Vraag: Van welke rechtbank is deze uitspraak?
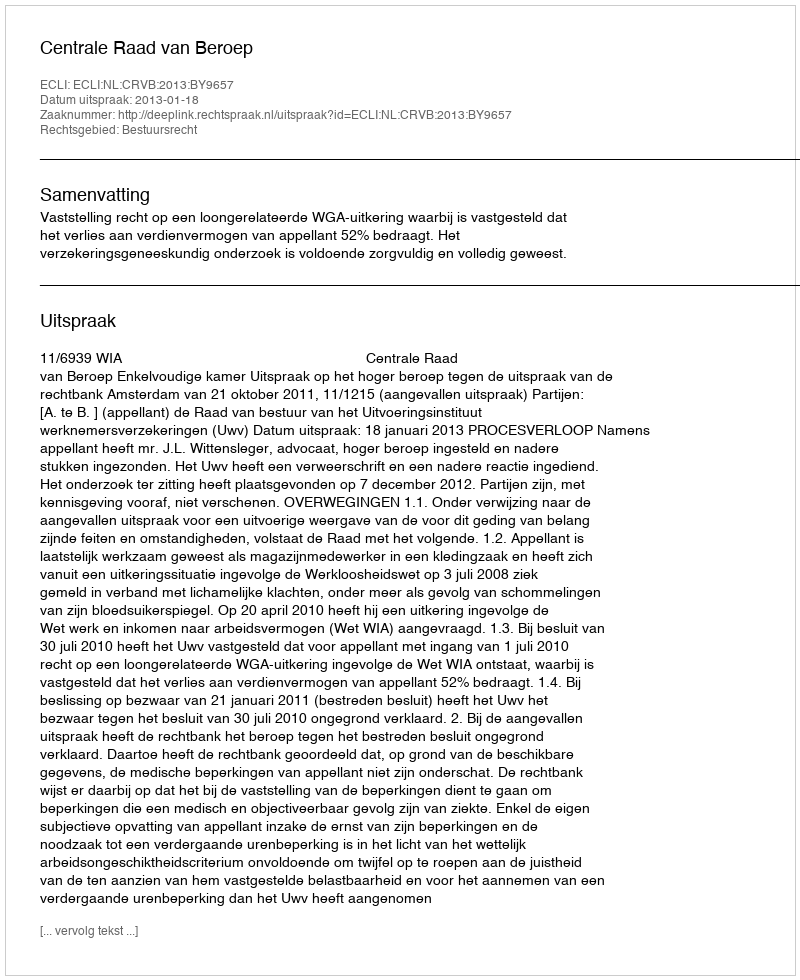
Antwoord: Centrale Raad van Beroep